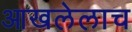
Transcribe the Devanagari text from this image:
आखलेलाच